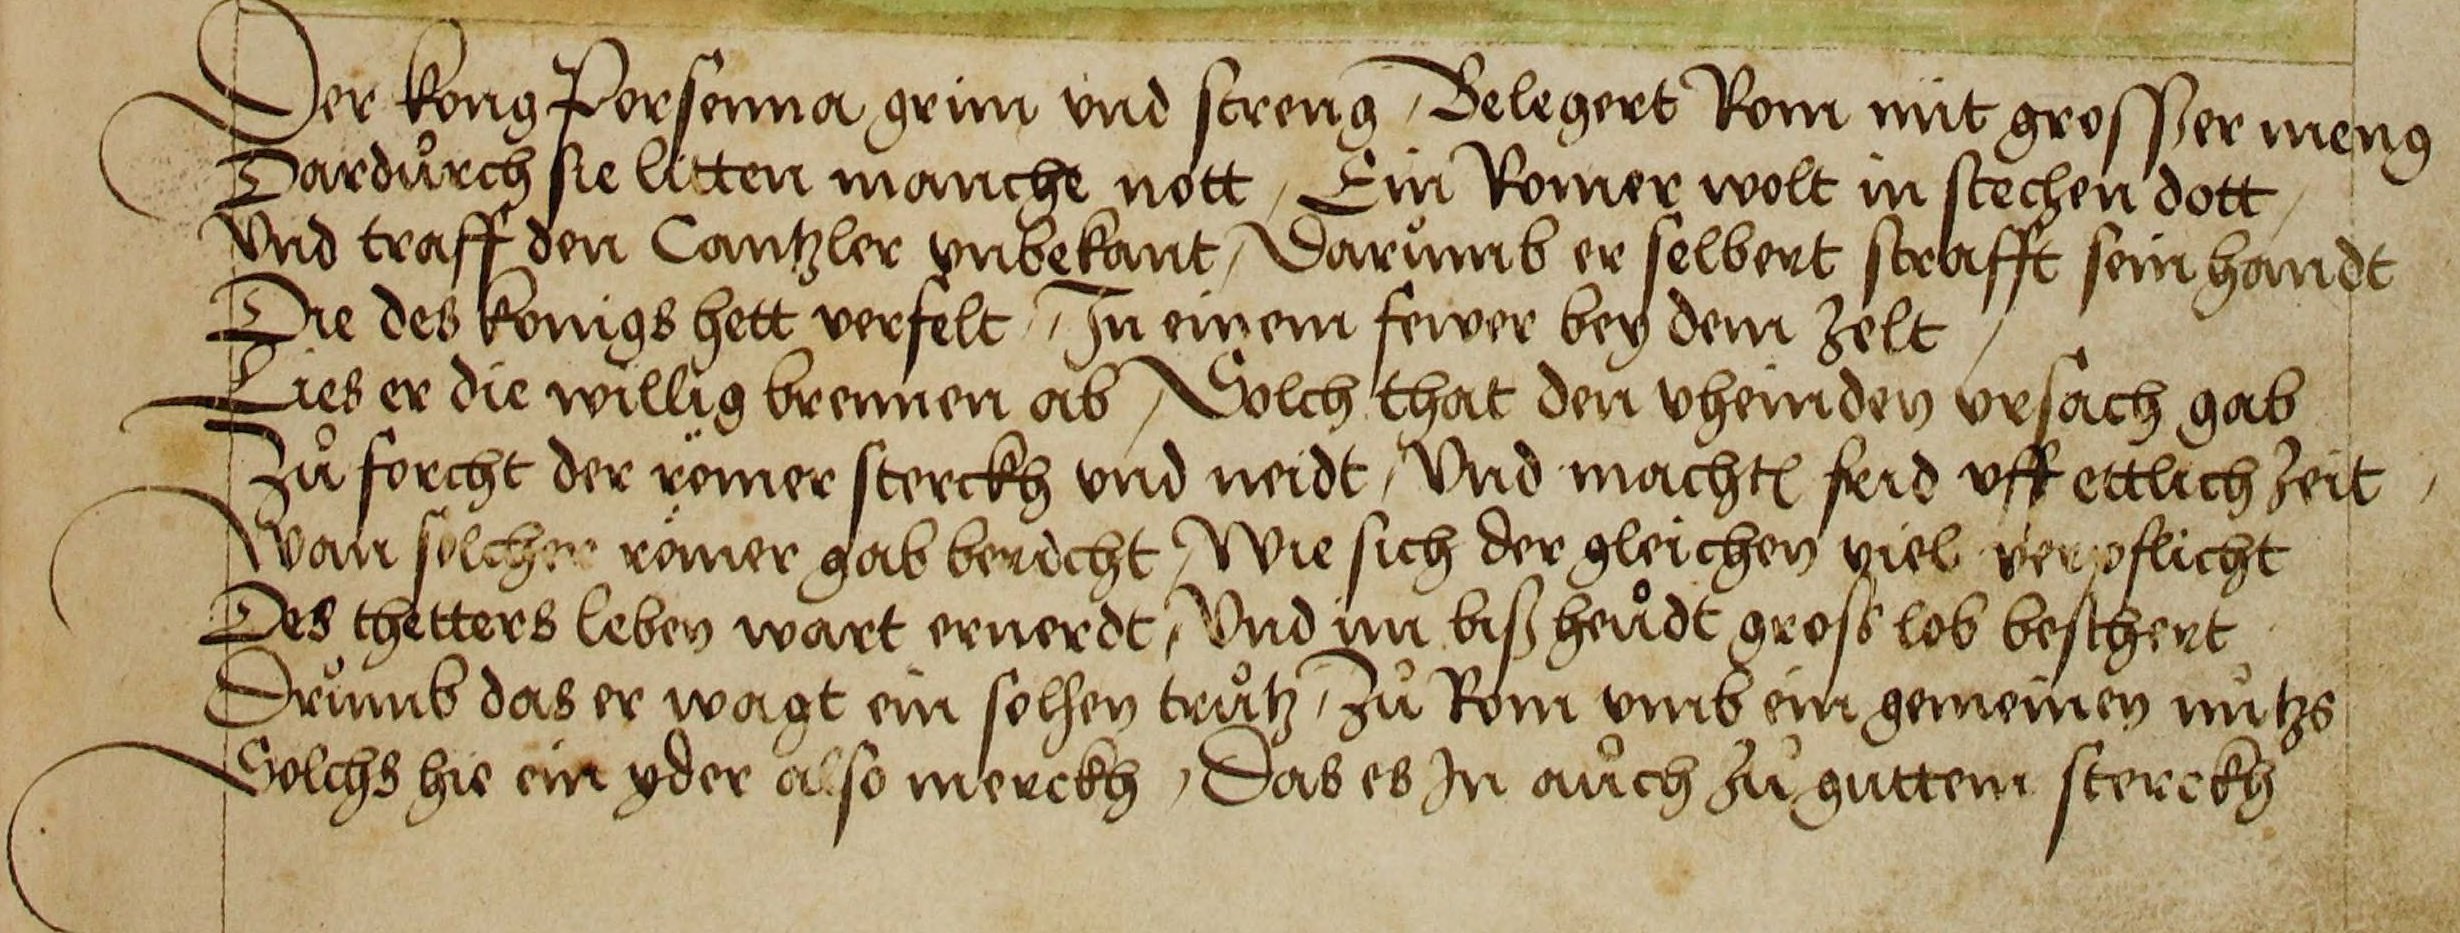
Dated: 1515–1555